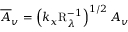
\overline { { A } } _ { v } = \left( k _ { x } \mathrm { R } _ { \lambda } ^ { - 1 } \right) ^ { 1 / 2 } A _ { v }